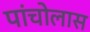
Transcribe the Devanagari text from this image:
पांचोलास